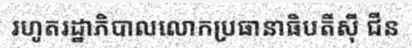
រហូតរដ្ឋាភិបាលលោកប្រធានាធិបតីស៊ី ជីន